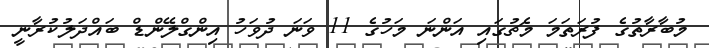
މުބާރާތުގެ ފުރަތަމަ މެޗުގައި އަންނަ މަހުގެ 11 ވަނަ ދުވަހު އިންގްލޭންޑް ބައްދަލުކުރާނީ